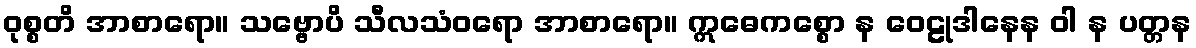
ဝုစ္စတိ အာစာရော။ သဗ္ဗောပိ သီလသံဝရော အာစာရော။ ဣဓေကစ္စော န ဝေဠုဒါနေန ဝါ န ပတ္တန